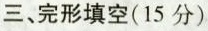
三、完形填空(15分)